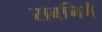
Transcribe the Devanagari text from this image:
सबनिमैं